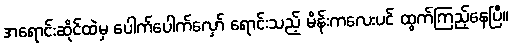
အရောင်းဆိုင်ထဲမှ ပေါက်ပေါက်လှော် ရောင်းသည့် မိန်းကလေးပင် ထွက်ကြည့်နေပြီ။